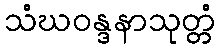
သံဃဝန္ဒနာသုတ္တံ